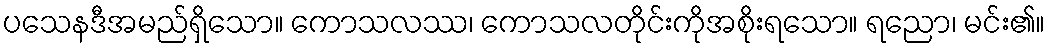
ပသေနဒီအမည်ရှိသော။ ကောသလဿ၊ ကောသလတိုင်းကိုအစိုးရသော။ ရညော၊ မင်း၏။